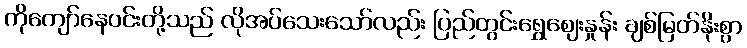
ကိုကျော်နေဝင်းတို့သည် လိုအပ်သေးသော်လည်း ပြည်တွင်းရွှေဈေးနှုန်း ချစ်မြတ်နိုးစွာ